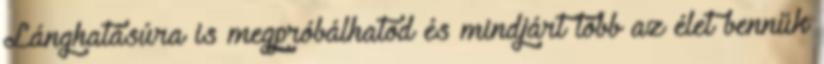
Lánghatásúra is megpróbálhatod és mindjárt több az élet bennük